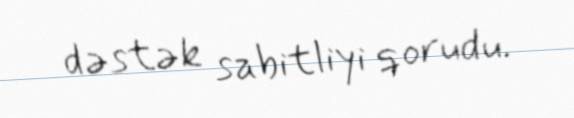
dəstək sabitliyi qorudu.